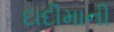
દાદીમાની